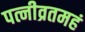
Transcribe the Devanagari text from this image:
पत्नीव्रतमहं